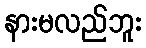
နားမလည်ဘူး